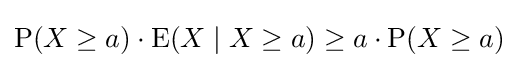
\operatorname {P} (X\geq a)\cdot \operatorname {E} (X\mid X\geq a)\geq a\cdot \operatorname {P} (X\geq a)